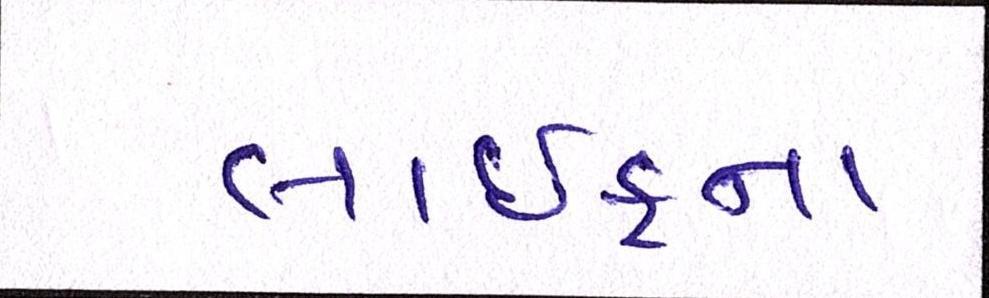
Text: લાઈફના